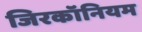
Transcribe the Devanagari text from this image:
जिरकॉनियम